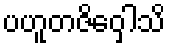
ပဟူတဇိဝှေါသိ